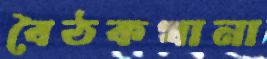
বৈঠকখানা